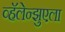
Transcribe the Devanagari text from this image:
व्हॅलेन्झुएला